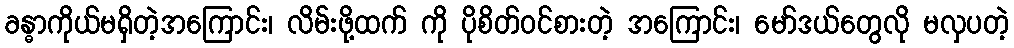
ခန္ဓာကိုယ်မရှိတဲ့အကြောင်း၊ လိမ်းဖို့ထက် ကို ပိုစိတ်ဝင်စားတဲ့ အကြောင်း၊ မော်ဒယ်တွေလို မလှပတဲ့